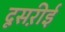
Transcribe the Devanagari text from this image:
दूसऱीई